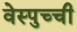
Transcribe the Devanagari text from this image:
वेस्पुच्ची